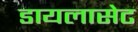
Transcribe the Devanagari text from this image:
डायलासेट